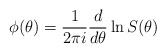
LaTeX: \begin{align*}\phi (\theta )=\frac{1}{2\pi i}\frac{d}{d\theta }\ln S(\theta )\end{align*}